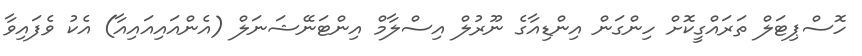
ހޮސްޕިޓަލް ތަރައްގީކޮށް ހިންގަން އިންޑިއާގެ ނޫރުލް އިސްލާމް އިންޓަނޭޝަނަލް (އެންއައިއައިއާ) އެކު ވެފައިވާ